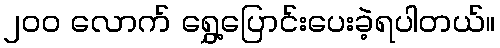
၂၀၀ လောက် ရွှေ့ပြောင်းပေးခဲ့ရပါတယ်။